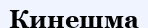
Кинешма